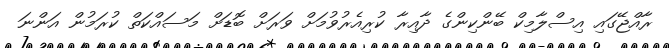
ރާއްޖޭގައި އިސްލާމިކް ބޭންކިންގެ ދާއިރާ ކުރިއެރުވުމަށް ވަރަށް ބޮޑަށް މަސައްކަތް ކުރަމުން އަންނަ